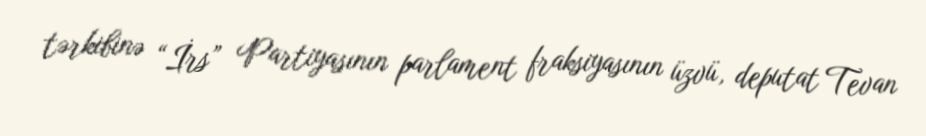
tərkibinə “İrs” Partiyasının parlament fraksiyasının üzvü, deputat Tevan